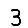
Digit: 3